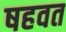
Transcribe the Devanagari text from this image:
षहवत